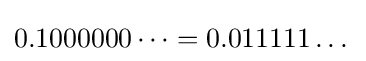
0.1000000\dots =0.011111\dots